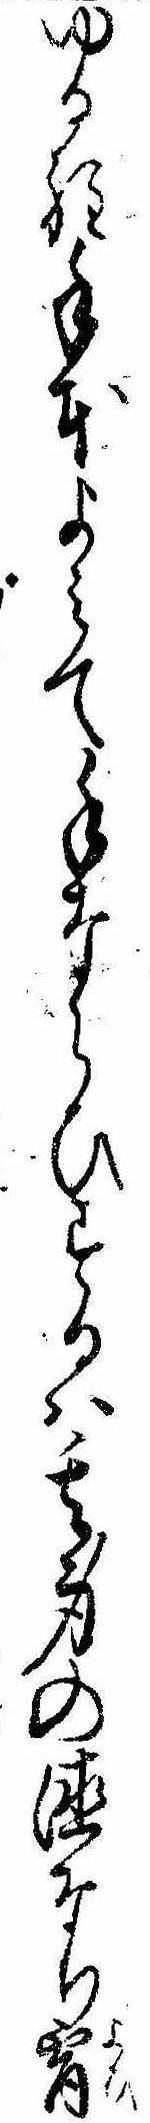
ゆる程手本よみて手ならひするは其身の徳なり宵